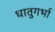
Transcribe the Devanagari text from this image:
धातुगर्भा